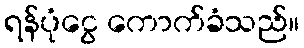
ရန်ပုံငွေ ကောက်ခံသည်။